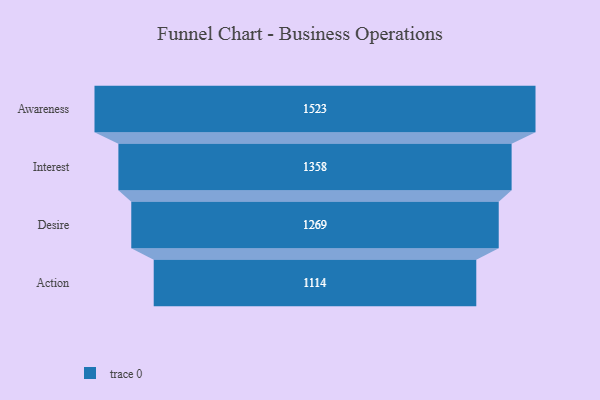
{"axis": {"x": "Stage", "y": "Value"}, "legend": [""], "data": [{"x": "Awareness", "y": 1523.0, "type": ""}, {"x": "Interest", "y": 1358.0, "type": ""}, {"x": "Desire", "y": 1269.0, "type": ""}, {"x": "Action", "y": 1114.0, "type": ""}]}